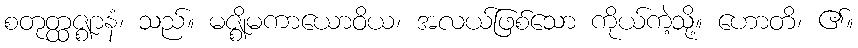
စတုတ္ထဇ္ဈာနံ၊ သည်။ မဇ္ဈိမကာယောဝိယ၊ အလယ်ဖြစ်သော ကိုယ်ကဲ့သို့။ ဟောတိ၊ ၏။